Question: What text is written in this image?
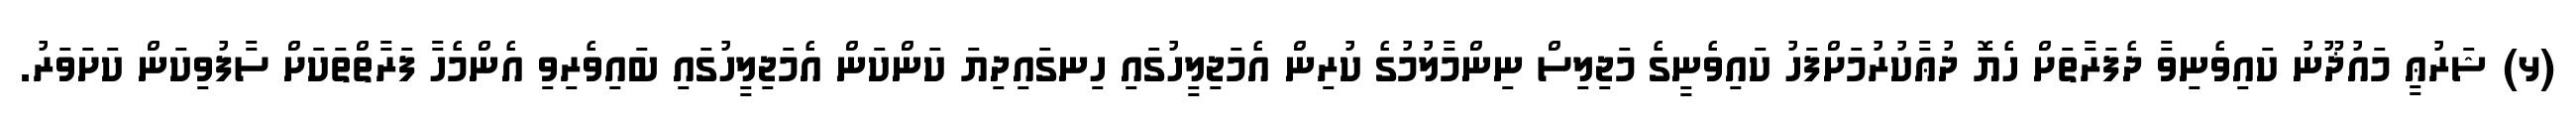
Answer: (ޅ) ޝަރުޢީ މައުޛޫނު ކައިވެނިވާ ދެފަރާތަށް ހެޔޮ ދުޢާކުރުމަށްފަހު ކައިވެނީގެ މަޖިލިސް ނިންމާލުމުގެ ކުރިން އެމަޖިލީހުގައި ހިނގައިދިޔަ ކަންކަން އެމަޖިލީހުގައި ބައިވެރިވި އެންމެހާ ފަރާތްތަކަށް ސާފުވިކަން ކަށަވަރު.